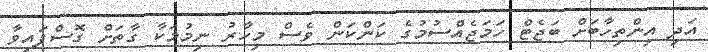
އަދި އިންތިހާބަށް ބަޖެޓް ހަމަޖެއްސުމުގެ ކަންކަން ވެސް މިހާރު ނިމުމަކާ ގާތަށް ގޮސްފައިވާ